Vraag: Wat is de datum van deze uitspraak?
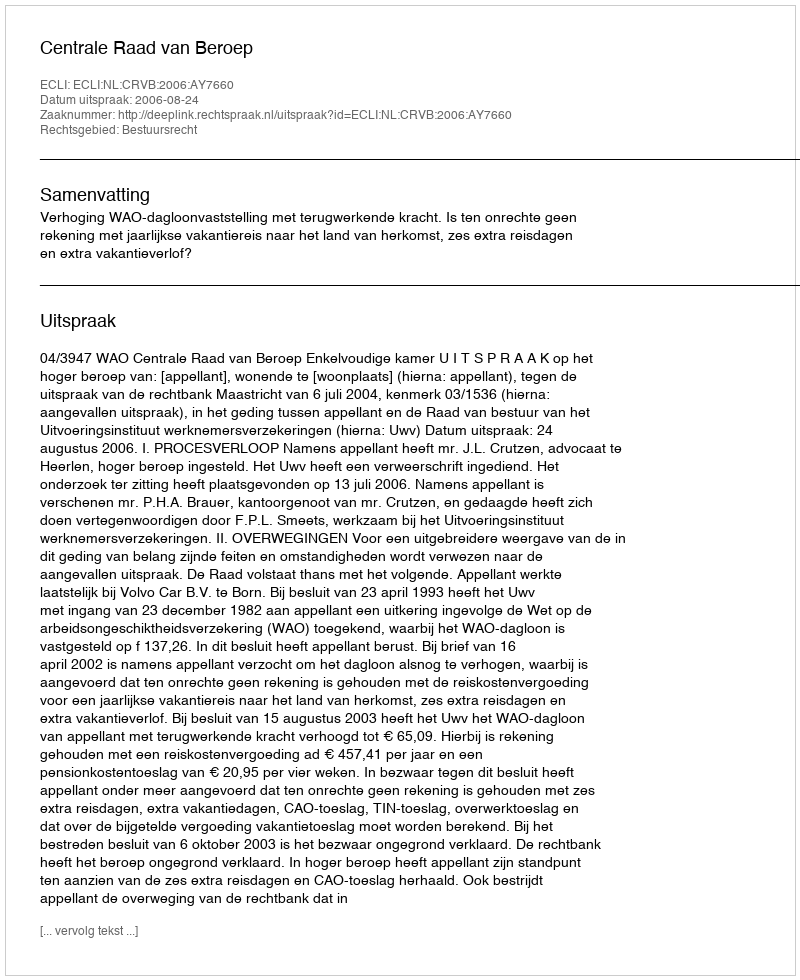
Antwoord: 2006-08-24